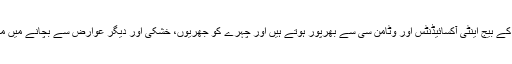
انار اس جادو اثر پھل کے بیج اینٹی آکسائیڈنٹس اور وٹامن سی سے بھرپور ہوتے ہیں اور چہرے کو جھریوں، خشکی اور دیگر عوارض سے بچانے میں مددگار ثابت ہوتے ہیں۔